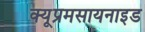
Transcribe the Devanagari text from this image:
क्यूप्रमसायनाइड